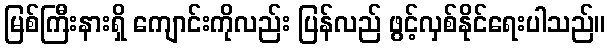
မြစ်ကြီးနားရှိ ကျောင်းကိုလည်း ပြန်လည် ဖွင့်လှစ်နိုင်ရေးပါသည်။